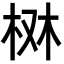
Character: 𣑔